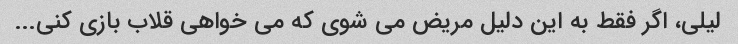
لیلی، اگر فقط به این دلیل مریض می شوی که می خواهی قلاب بازی کنی...